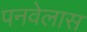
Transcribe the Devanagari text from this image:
पनवेलास